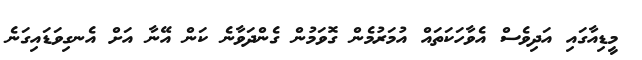
މީޑިއާގައި އަދިވެސް އެވާހަކަތައް އުމަރުމެން ގޮވަމުން ގެންދަވާނެ ކަން އޭނާ އަށް އެނގިވަޑައިގަނެ